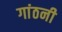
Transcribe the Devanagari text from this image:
गांठनी